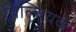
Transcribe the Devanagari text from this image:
विल्वियव